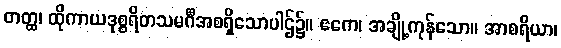
တတ္ထ၊ ထိုကာယဒုစ္စရိတသမင်္ဂီအစရှိသောပါဌ်၌။ ဧကေ၊ အချို့ကုန်သော။ အာစရိယာ၊